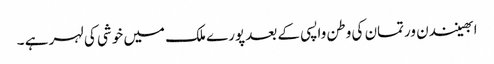
ابھینندن ورتمان کی وطن واپسی کے بعد پورے ملک میں خوشی کی لہر ہے ۔